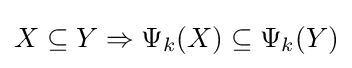
X\subseteq Y\Rightarrow \Psi _{k}(X)\subseteq \Psi _{k}(Y)